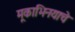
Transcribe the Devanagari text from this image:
मूकाभिनयाचे